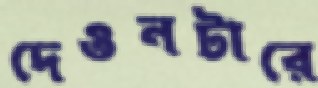
দেওনটারে